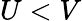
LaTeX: U<V